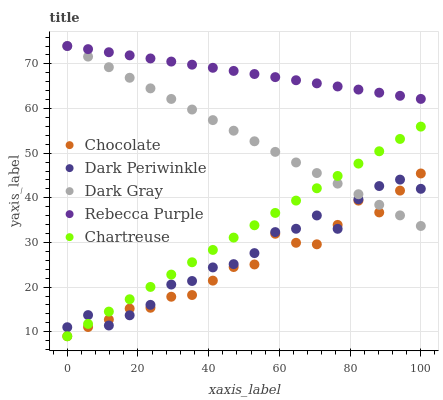
| xaxis_label | Chocolate | Dark Periwinkle | Dark Gray | Rebecca Purple | Chartreuse |
 | --- | --- | --- | --- | --- | --- |
 | 0 | 9 | 11 | 74 | 74 | 9 |
 | 5.88 | 11.1 | 13.7 | 71.6 | 73.3 | 11.8 |
 | 11.8 | 12.7 | 11.4 | 69.3 | 72.6 | 14.5 |
 | 17.6 | 15.2 | 13.7 | 66.9 | 71.9 | 17.3 |
 | 23.5 | 15.4 | 16 | 64.5 | 71.2 | 20 |
 | 29.4 | 17.9 | 20.6 | 62.1 | 70.5 | 22.8 |
 | 35.3 | 18.2 | 21.4 | 59.8 | 69.8 | 25.6 |
 | 41.2 | 21.5 | 24.4 | 57.4 | 69.1 | 28.3 |
 | 47.1 | 24.5 | 25.2 | 55 | 68.4 | 31.1 |
 | 52.9 | 25.1 | 27.6 | 52.7 | 67.7 | 33.9 |
 | 58.8 | 32 | 32.3 | 50.3 | 67 | 36.6 |
 | 64.7 | 29.9 | 33.1 | 47.9 | 66.3 | 39.4 |
 | 70.6 | 29.6 | 36.1 | 45.6 | 65.6 | 42.1 |
 | 76.5 | 33.9 | 33.1 | 43.2 | 64.9 | 44.9 |
 | 82.4 | 39.4 | 39.7 | 40.8 | 64.2 | 47.7 |
 | 88.2 | 36.7 | 42.6 | 38.4 | 63.5 | 50.4 |
 | 94.1 | 41.6 | 44.1 | 36.1 | 62.9 | 53.2 |
 | 100 | 45.5 | 42 | 33.7 | 62.2 | 56 |